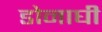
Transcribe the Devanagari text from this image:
डोनाघी